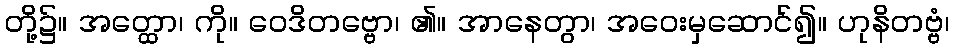
တို့၌။ အတ္ထော၊ ကို။ ဝေဒိတဗ္ဗော၊ ၏။ အာနေတွာ၊ အဝေးမှဆောင်၍။ ဟုနိတဗ္ဗံ၊